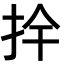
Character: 𭠛